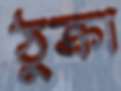
ঠুক্‌রা